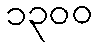
၁၃၀၀